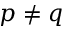
p \ne q